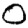
Digit: 0